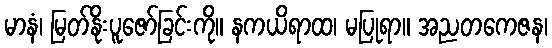
မာနံ၊ မြတ်နိုးပူဇော်ခြင်းကို။ နကယိရာထ၊ မပြုရာ။ အညတကေဇန၊